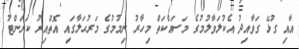
އާއި ގުޅޭ ގަވާއިދު އެކުލަވާލުމުގެ މަސައްކަތް މިހާރު ނިމުމުގެ މަރުޙަލާގައި އޮތްއިރު ކަރަންޓު